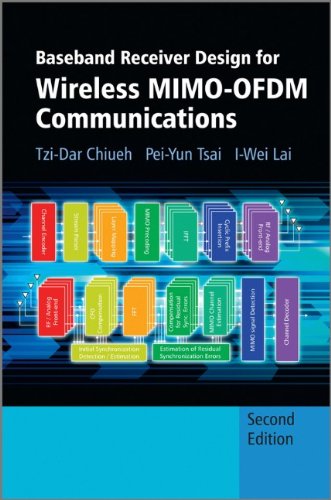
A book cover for Baseband Receiver Design for Wireless MIMO-OFDM Communications; Tzi-Dar Chiueh; Crafts, Hobbies & Home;